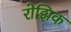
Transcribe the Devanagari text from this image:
रोझिक